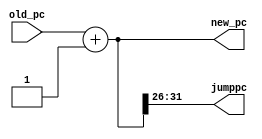
module Pc_Adder(jumppc,new_pc,old_pc);
output reg [31:0] new_pc;
output reg [31:26] jumppc;
input [31:0] old_pc;
reg [25:0] temp;
always @(old_pc)
begin
new_pc= old_pc+1;
{jumppc,temp} = new_pc;
end
endmodule

module jump(jumpout,jumppc,jumpoffset);
output reg [31:0] jumpout;
input [31:26] jumppc;
input [25:0] jumpoffset;

always @ (jumppc or jumpoffset) begin

jumpout = {jumppc,jumpoffset};
end
endmodule